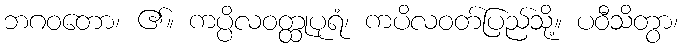
ဘဂဝတော၊ ၏။ ကပ္ပိလဝတ္ထုပုရံ၊ ကပိလဝတ်ပြည်သို့။ ပဝီသိတွာ၊